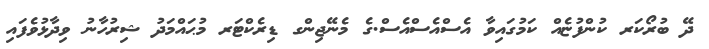
ދޭ ބުރޯކަރ ކުންފުޏެއް ކަމުގައިވާ އެސްއެސްއެސް.ގެ މެނޭޖިންގ ޑިރެކްޓަރ މުޙައްމަދު ޝިރުހާނު ވިދާޅުވެފައި